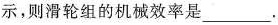
示，则滑轮组的机械效率是___